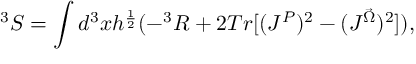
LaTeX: ^ 3 S = \int d ^ { 3 } x h ^ { \frac { 1 } { 2 } } ( - ^ { 3 } R + 2 T r [ ( J ^ { P } ) ^ { 2 } - ( J ^ { \vec { \Omega } } ) ^ { 2 } ] ) ,